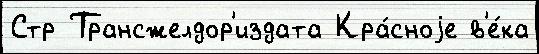
Стр Трансжелдор'издата Кра́сноjе в'е́ка